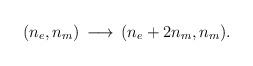
LaTeX: \begin{align*}(n_{e},n_{m})\,\longrightarrow\, (n_{e}+2n_{m},n_{m}).\end{align*}